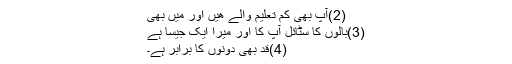
(2)آپ بھی کم تعليم والے ھيں اور ميں بھی
(3)بالوں کا سٹائل آپ کا اور ميرا ايک جيسا ہے
(4)قد بھی دونوں کا برابر ہے۔